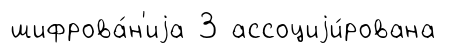
шифрова́н'иjа 3 ассоциjи́рована